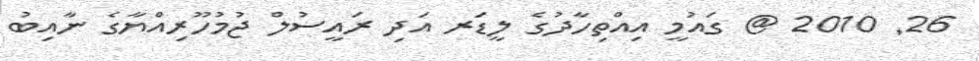
26